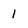
Character: 1